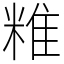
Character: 䊒